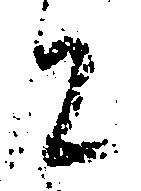
に